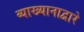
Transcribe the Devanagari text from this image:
व्याख्यानाद्वारे